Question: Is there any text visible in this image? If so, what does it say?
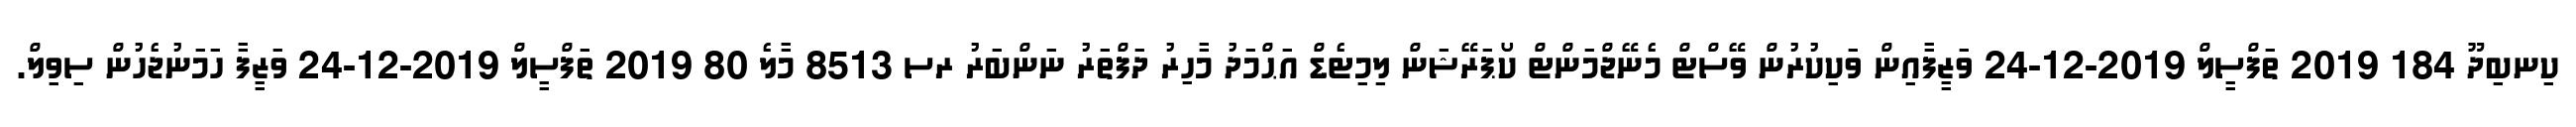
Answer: ކިނބިދޫ 184 2019 ތަފްސީލް 2019-12-24 ވަޒީފާއިން ވަކިކުރުން ވޭސްޓް މެނޭޖްމަންޓް ކޯޕަރޭޝަން ލިމިޓެޑް އަޙްމަދު މާހިރު ދަފްތަރު ނަންބަރު ރސ 8513 މާލެ 80 2019 ތަފްސީލް 2019-12-24 ވަޒީފާ ހަމަނުޖެހުން ސިވިލް.